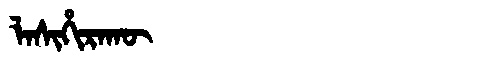
Manchu: ᠯᠠᠰᡳᡥᡳᡵᠠᡴᡡ
Romanization: LASIHIRAKŪ